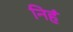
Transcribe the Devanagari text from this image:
निहं